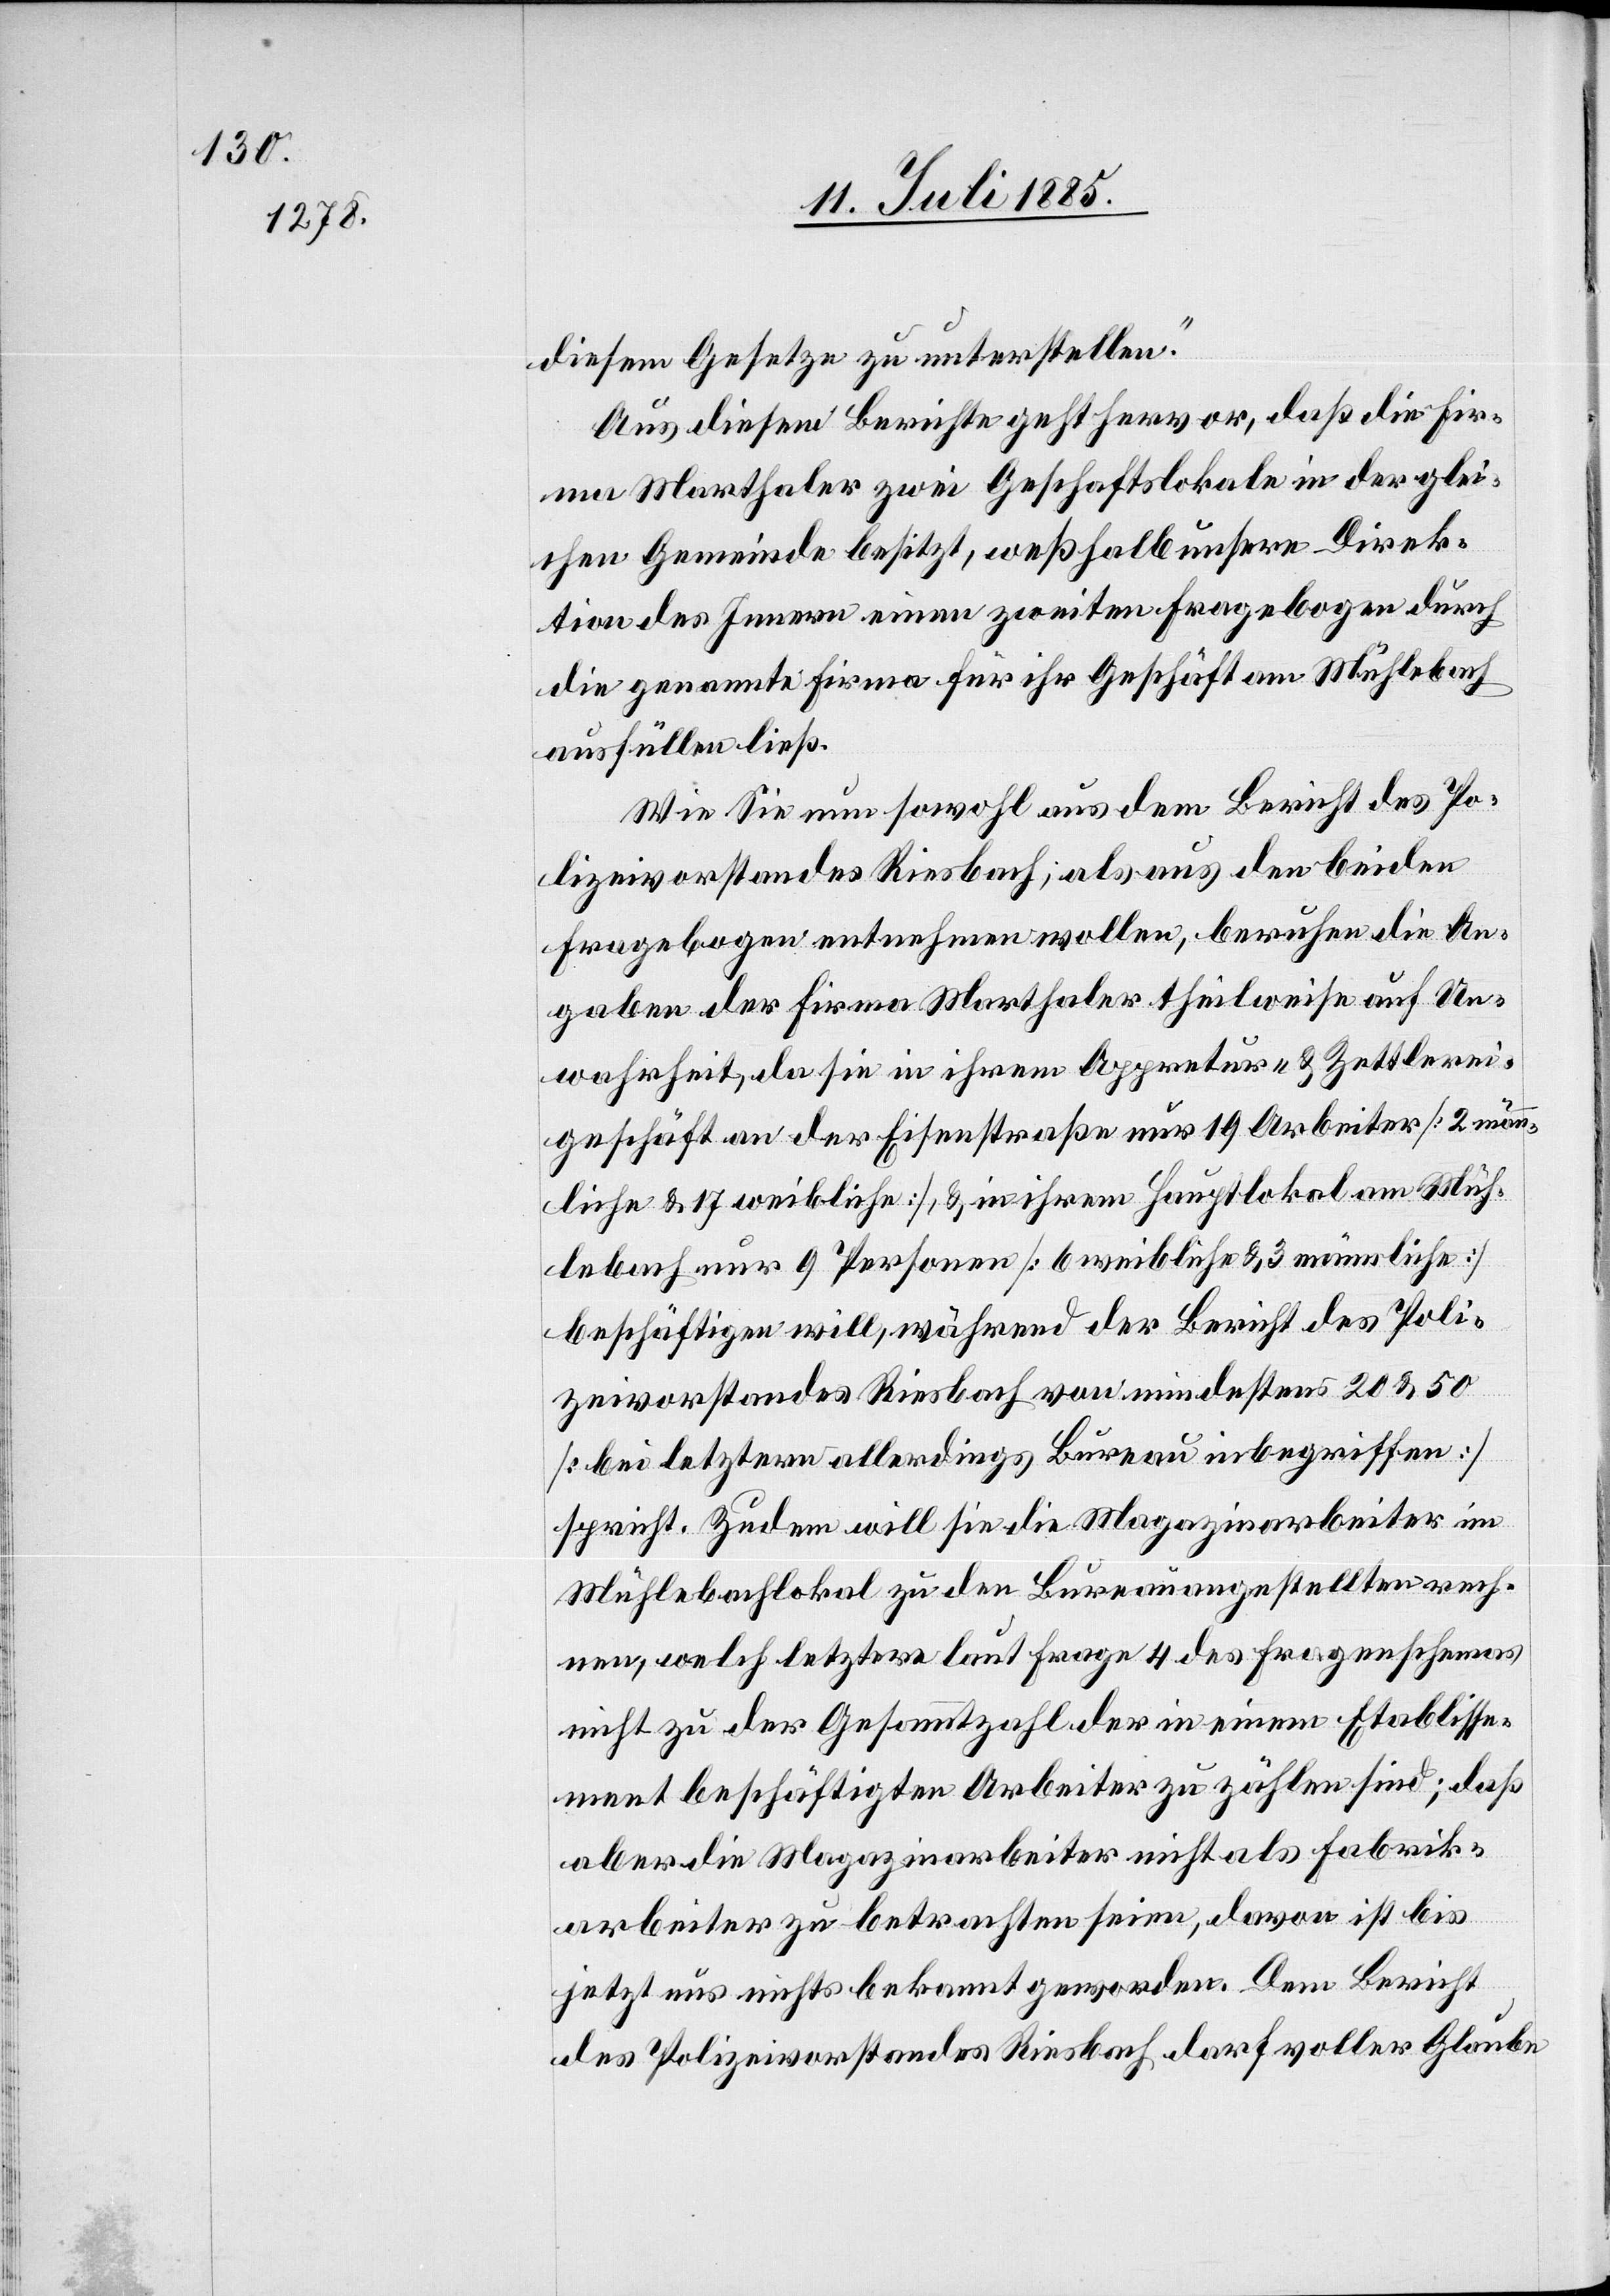
diesem Gesetze zu unterstellen.“
Aus diesem Berichte geht hervor, daß die Fir¬
ma Marthaler zwei Geschaftslokale [sic!] in der glei¬
chen Gemeinde besitzt, weßhalb unsere Direk¬
tion des Innern einen zweiten Fragebogen durch
die genannte Firma für ihr Geschäft am Mühlebach
ausfüllen ließ.
Wie Sie nun sowohl aus dem Bericht des Po¬
lizeivorstandes Riesbach; als aus den beiden
Fragebogen entnehmen wollen, beruhen die An¬
gaben der Firma Marthaler theilweise auf Un¬
wahrheit, da sie in ihrem Appretur- & Zettlerei¬
geschäft an der Eisenstraße nur 19 Arbeiter [2 männ¬
liche & 17 weibliche], & in ihrem Hauptlokal am Müh¬
lenbach nur 9 Personen [6 weibliche & 3 männliche]
beschäftigen will, während der Bericht des Poli¬
zeivorstandes Riesbach von mindesten 20 & 50
[bei letzterm allerdings Bureau inbegriffen]
spricht. Zudem will sie die Magazinarbeiter im
Mühlenbachlokal zu den Bureauangestellten rech¬
nen, welch letztere laut Frage 4 des Fragenschemas
nicht zu der Gesammtzahl der in einem Etablisse¬
ment beschäftigten Arbeiter zu zählen sind; daß
aber die Magazinarbeiter nicht als Fabrik¬
arbeiter zu betrachten seien, davon ist bis
jetzt uns nichts bekannt geworden. Dem Bericht
des Polizeivorstandes Riesbach darf voller Glaube